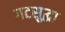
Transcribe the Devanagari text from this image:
गटसुद्धा